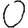
Digit: 0